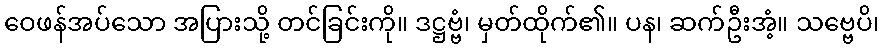
ဝေဖန်အပ်သော အပြားသို့ တင်ခြင်းကို။ ဒဋ္ဌဗ္ဗံ၊ မှတ်ထိုက်၏။ ပန၊ ဆက်ဦးအံ့။ သဗ္ဗေပိ၊